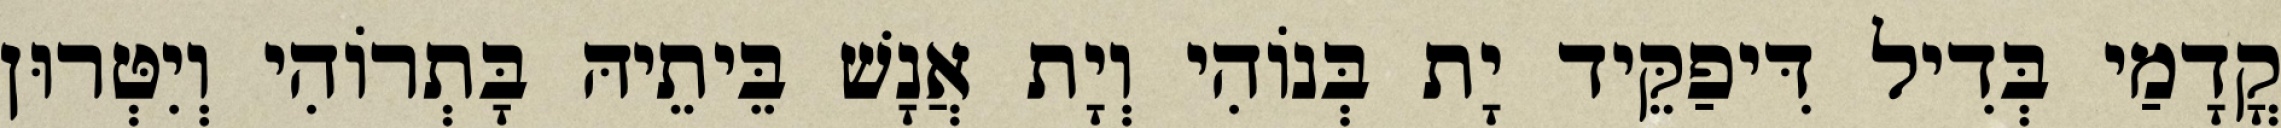
קֳדָמַי בְּדִיל דִּיפַקֵּיד יָת בְּנוֹהִי וְיָת אֲנָשׁ בֵּיתֵיהּ בָּתְרוֹהִי וְיִטְּרוּן